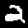
Digit: 2